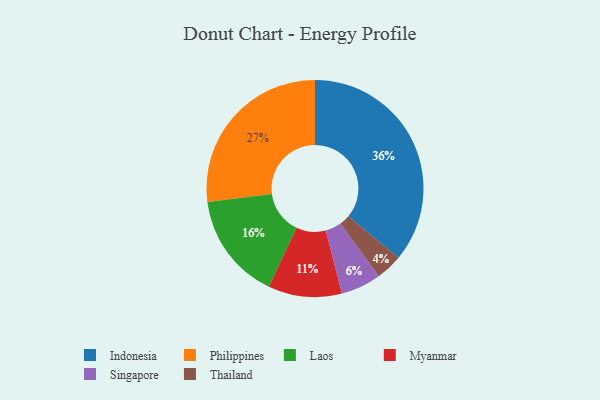
{"axis": {"x": "Category", "y": "Percentage"}, "legend": ["Indonesia", "Laos", "Myanmar", "Philippines", "Singapore", "Thailand"], "data": [{"x": "Laos", "y": 16, "type": "Laos"}, {"x": "Myanmar", "y": 11, "type": "Myanmar"}, {"x": "Singapore", "y": 6, "type": "Singapore"}, {"x": "Philippines", "y": 27, "type": "Philippines"}, {"x": "Thailand", "y": 4, "type": "Thailand"}, {"x": "Indonesia", "y": 36, "type": "Indonesia"}]}